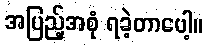
အပြည့်အစုံ ရခဲ့တာပေါ့။